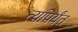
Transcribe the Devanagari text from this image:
त्यांपर्यंत